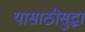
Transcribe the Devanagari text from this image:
यासाठीसुद्धा